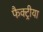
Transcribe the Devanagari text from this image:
फैक्ट्रीया